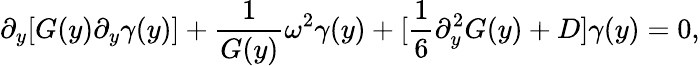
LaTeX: \partial_{y}[G(y)\partial_{y}\gamma(y)]+\frac{1}{G(y)}\omega^{2}\gamma(y)+[\frac{1}{6}\partial_{y}^{2}G(y)+D]\gamma(y)=0,